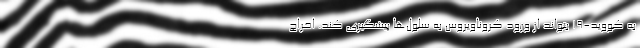
به کووید-۱۹ بتواند از ورود کروناویروس به سلول‌ها پیشگیری کند. اخراج